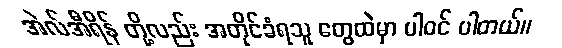
အဲလ်အီရိန် တို့လည်း အတိုင်ခံရသူ တွေထဲမှာ ပါဝင် ပါတယ်။